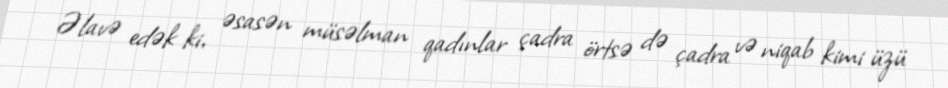
Əlavə edək ki, əsasən müsəlman qadınlar çadra örtsə də çadra və niqab kimi üzü